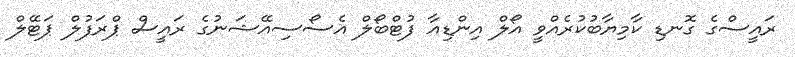
ރައީސްގެ ގޮނޑި ކާމިޔާބުކުރެއްވީ އޯލް އިންޑިއާ ފުޓްބޯލް އެސޯސިއޭޝަނުގެ ރައީސް ޕްރަފުލް ޕަޓޭލް